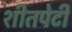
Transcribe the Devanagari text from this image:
शीतपेटी